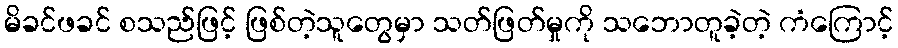
မိခင်ဖခင် စသည်ဖြင့် ဖြစ်တဲ့သူတွေမှာ သတ်ဖြတ်မှုကို သဘောတူခဲ့တဲ့ ကံကြောင့်